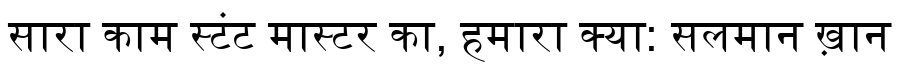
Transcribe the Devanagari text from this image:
सारा काम स्टंट मास्टर का, हमारा क्या: सलमान ख़ान